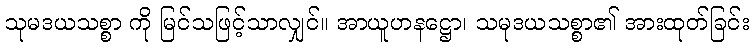
သုမဒယသစ္စာ ကို မြင်သဖြင့်သာလျှင်။ အာယူဟနဋ္ဌော၊ သမုဒယသစ္စာ၏ အားထုတ်ခြင်း